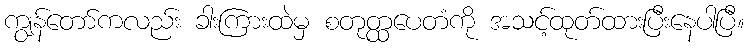
ကျွန်တော်ကလည်း ခါးကြားထဲမှ စတုတ္ထပေတံကို အသင့်ထုတ်ထားပြီးနေပါပြီ။